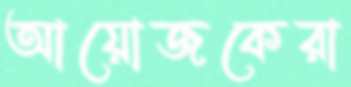
আয়োজকেরা